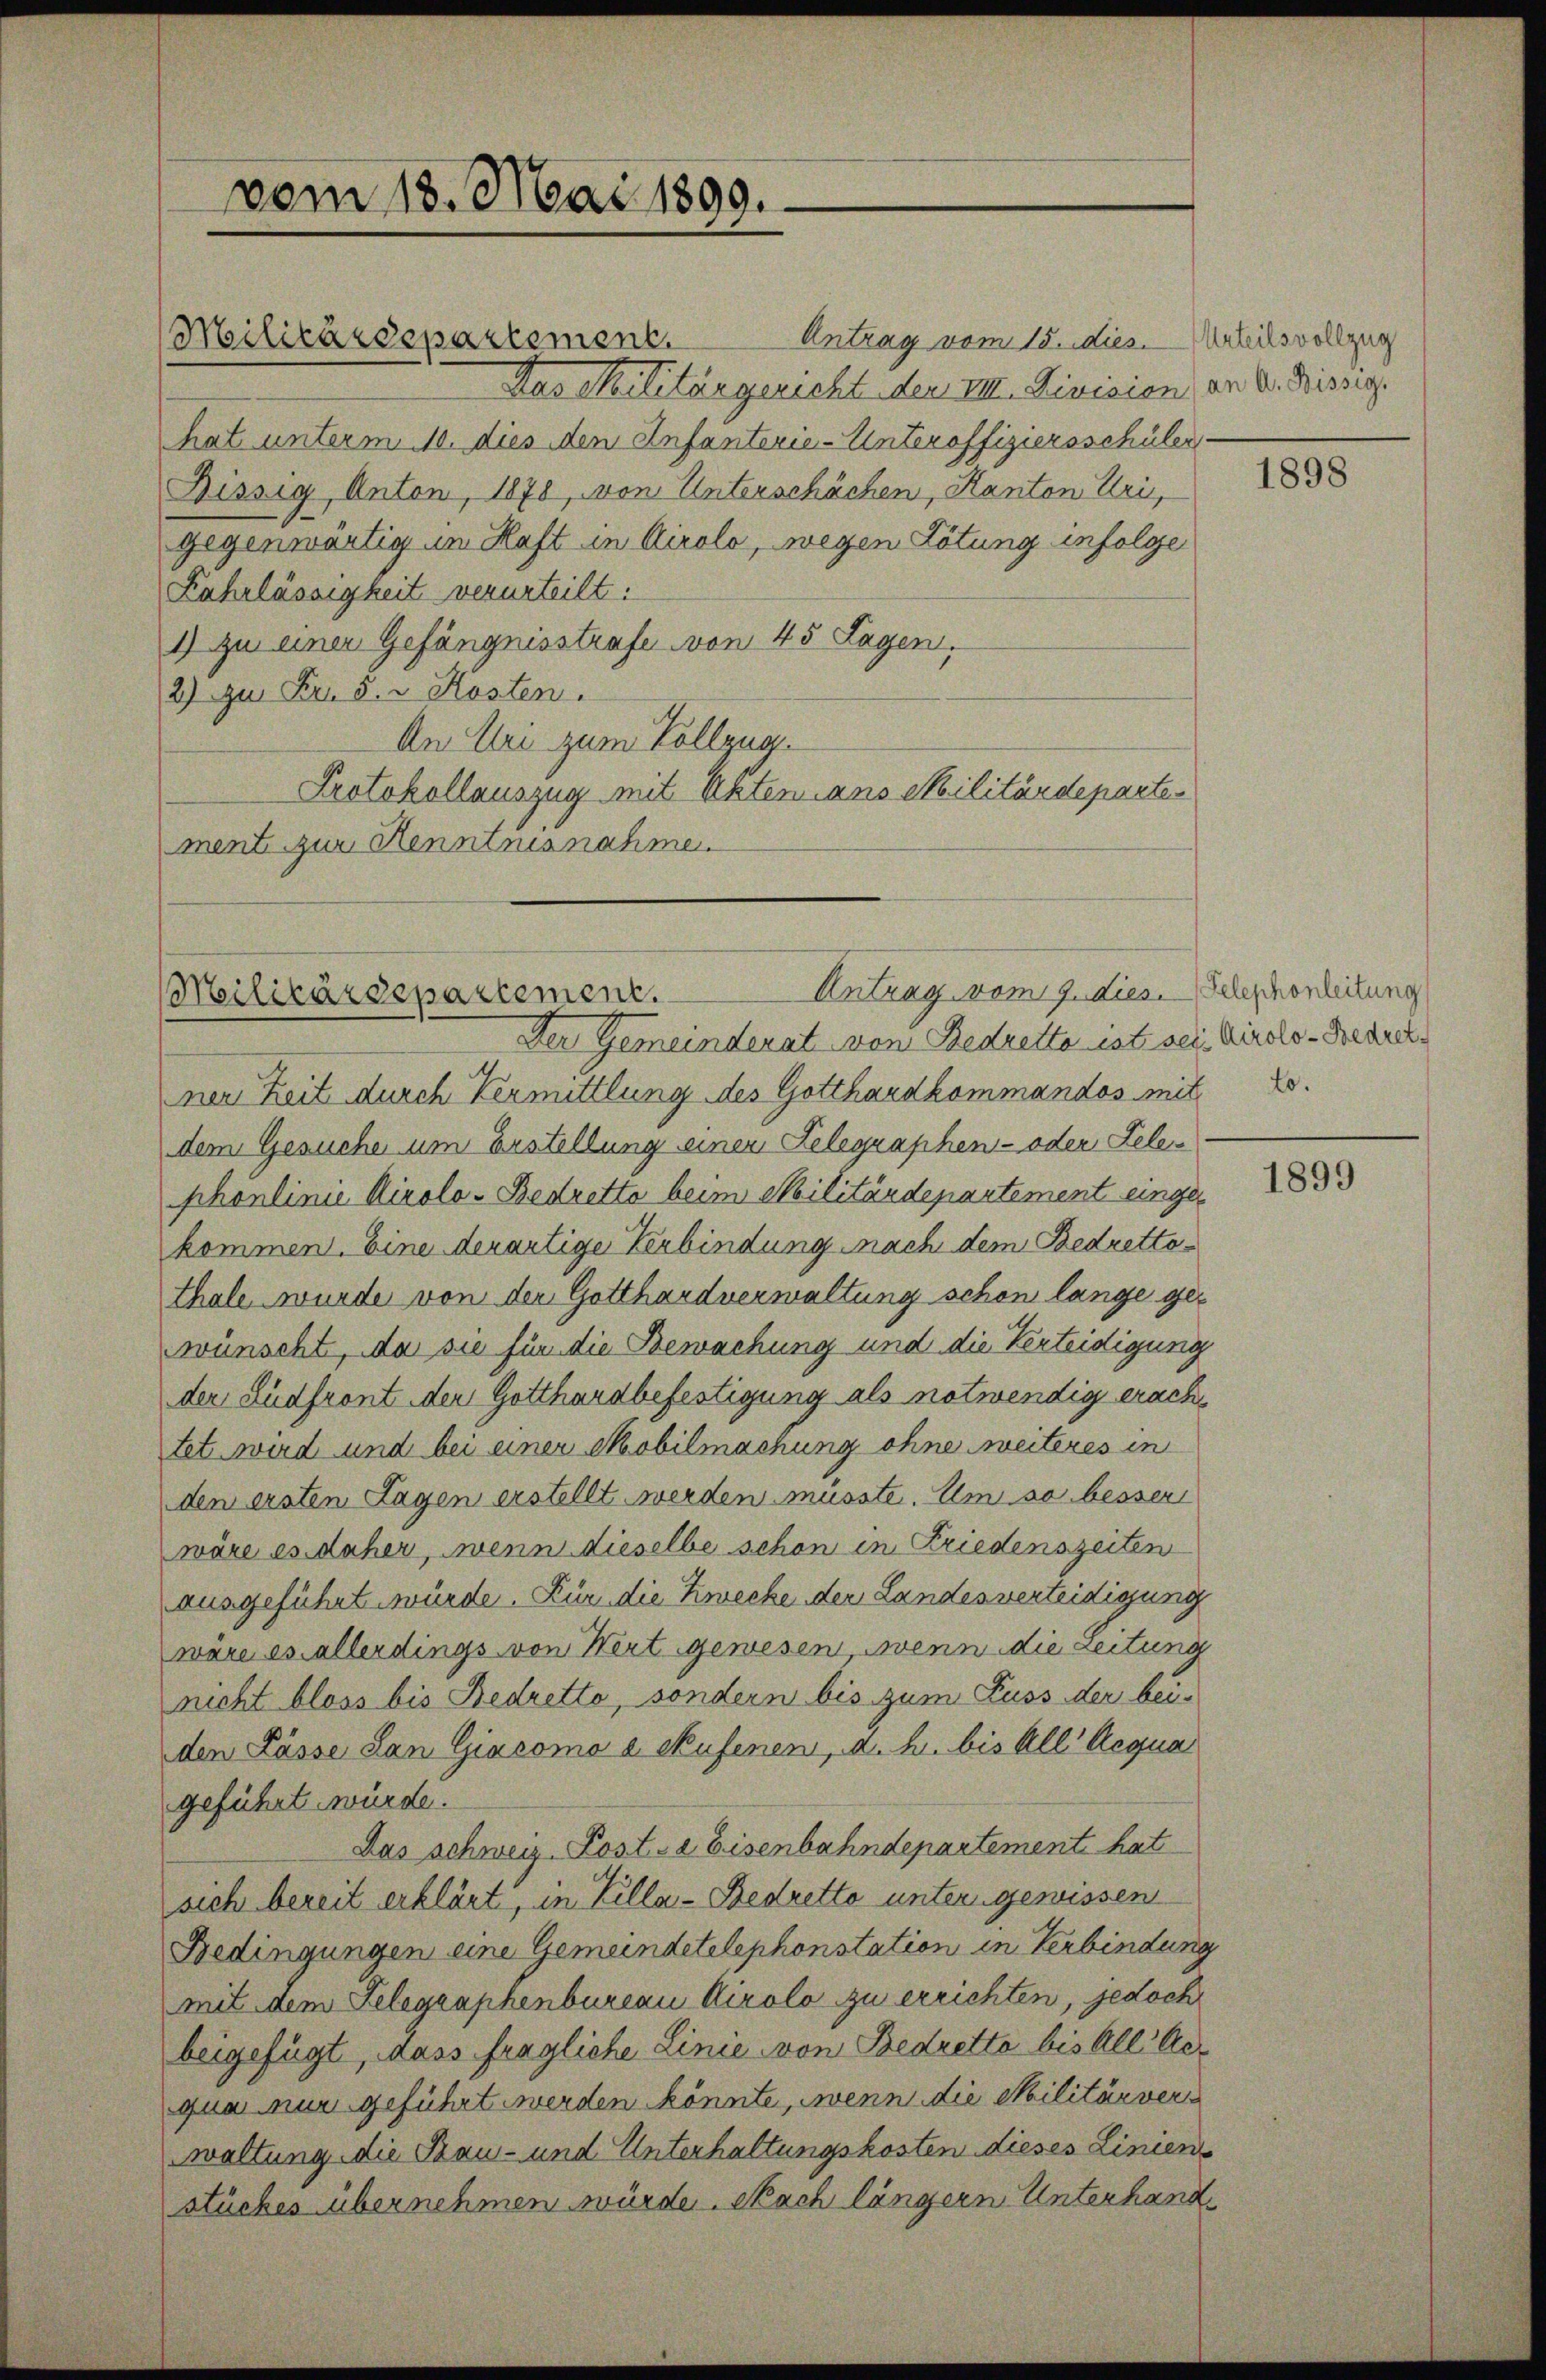
vom 18. Mai 1890.

Militärdepartement

Antrag vom 15. dies. Marteilsvollzug
Das Militärgericht der VIII. Division an A. Kissig.
hat unterm 10. dies den Anfanterie-Unteroffiziersschüler
Bissig, Anton, 1878, von Unterschächen, Kanton Uri,
gegenwärtig in Haft in Airolo, wegen Lötung infolge
Fahrlässigkeit verurteilt.
1) zu einer Gefängnisstrafe von 45 Lagen,
2) Im Fr. 5. v. Kosten.
An Uri zum Vollzug.
Protokollauszug mit Akten ans Militärdepartement zur Kenntnisnahme.

Antrag vom 9. dies. Telephonleitung
Militärdepartement.

Der Gemeinderat von Bedretto ist sei. Airolo -Bedrekner Zeit durch Vermittlung des Gotthardkommandos mit 2.
dem Gesuche um Erstellung einen Gelegraphen- oder Tele
phonlinie Airolo-Bedretto beim Militärdepartement einger
kommen. Eine derartige Verbindung nach dem Bedrettothale wurde von der Gotthardverwaltung schon lange gewünscht, da sie für die Bewachung und die Verteidigung
der Ludfront der Gotthardbefestigung als notwendig erachtet wird und bei einer Mobilmachung ohne weiteres in
den ersten Lagen erstellt werden müsste. Um so besser
wäre es daher, wenn dieselbe schon in Friedenszeiten
ausgeführt würde. Für die Zwecke der Landesverteidigung
wäre es allerdings von Wert gewesen, wenn die Leitung
nicht bloss bis Bedretto, sondern bis zum Fuss der beiden Lasse dan Giacomo a. Aufenen, a. h. bis All' Acqua
geführt würde.
Das schweiz. Post-a Eisenbahndepartement hat
sich bereit erklärt, in Zilla-Bedretto unter gewissen
Bedingungen eine Gemeindetelephonstation in Verbindung
mit dem Gelegraphenbureau Airolo zu errichten, jedoch
beigefügt, dass fragliche Linie von Bedretto bis all- Acqua nur geführt werden könnte, wenn die Militärverwaltung die Bau- und Unterhaltungskosten dieses Liniens
stückes übernehmen würde. Nach längern Unterhand¬

1898

1899